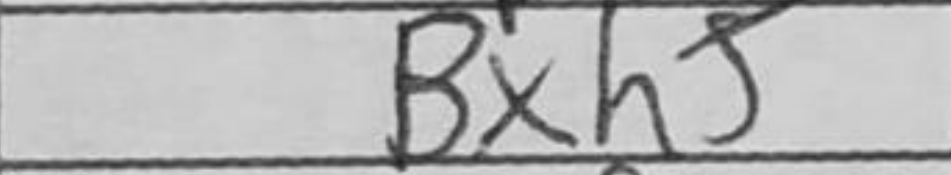
Transcription: Bxh5